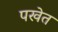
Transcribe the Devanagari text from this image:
पखेत